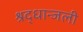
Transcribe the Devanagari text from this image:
श्रद्धान्जली